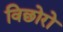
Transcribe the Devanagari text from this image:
विछोरो